65_HS1-834228961_62-HQ-83894_Section_7
Agency: FBI
Page 54
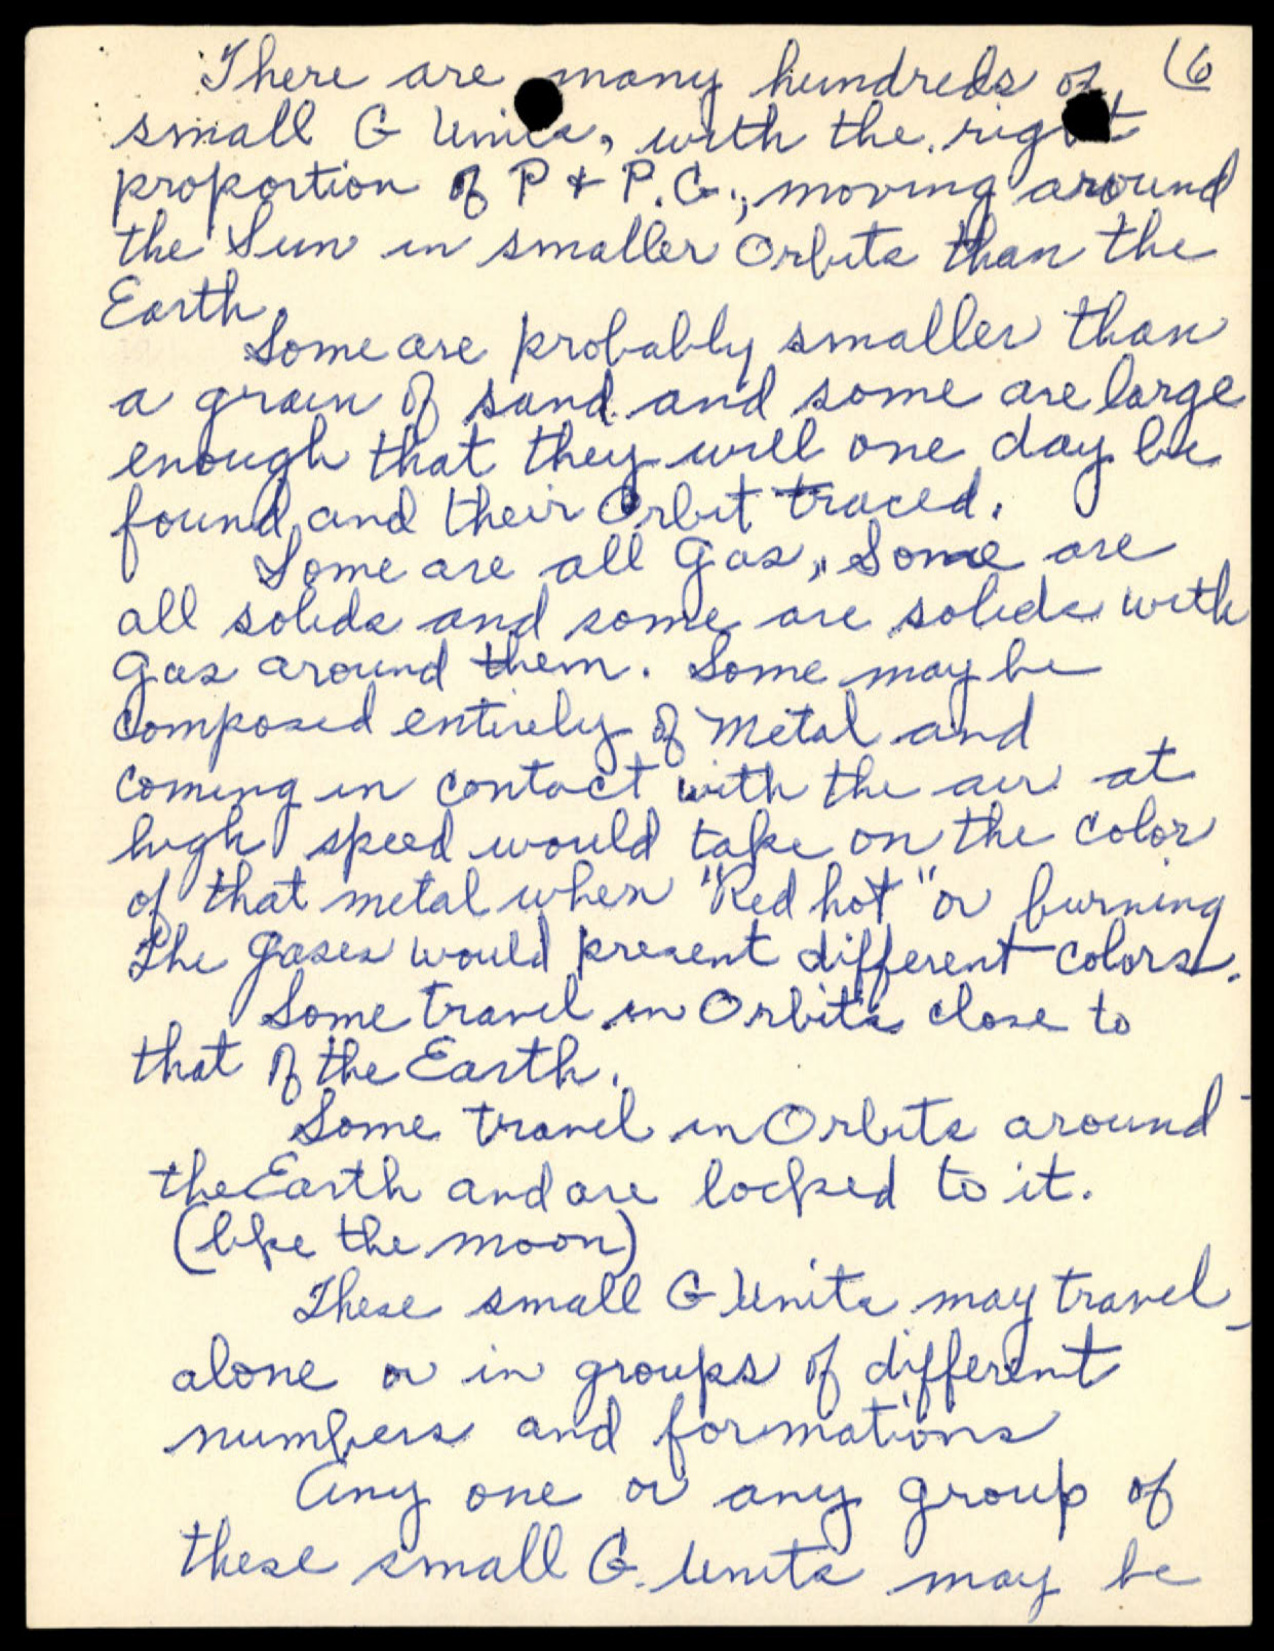